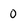
Character: 0